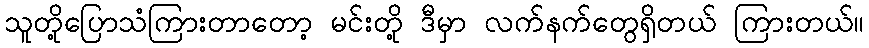
သူတို့ပြောသံကြားတာတော့ မင်းတို့ ဒီမှာ လက်နက်တွေရှိတယ် ကြားတယ်။